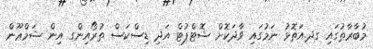
މުބާރާތުގައި ގދ.އަތޮޅު ނަމުގައި ވާދަކޮށް ޝޮޓްޕުޓް އަދި ޑިސްކަސް ތުރޯއިންގ އިން ޝަމްޢޫން